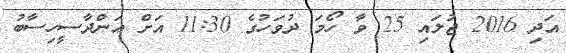
އަދި 2016 ޖުލައި 25 ވާ ހޯމަަ ދުވަހުގެ 11:30 އަށް އަންދާސީހިސާބު